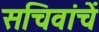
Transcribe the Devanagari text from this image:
सचिवांचें